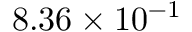
8 . 3 6 \times 1 0 ^ { - 1 }